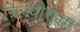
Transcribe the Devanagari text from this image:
त्रिज्यीसुद्धा